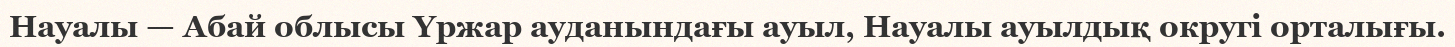
Науалы — Абай облысы Үржар ауданындағы ауыл, Науалы ауылдық округі орталығы.